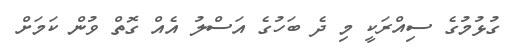
ގުޅުމުގެ ސިއްރަކީ މި ދެ ބަހުގެ އަސްލު އެއް ގޮތް ވުން ކަމަށް